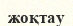
жоқтау